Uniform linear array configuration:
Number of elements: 24
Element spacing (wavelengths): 1
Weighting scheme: cosine
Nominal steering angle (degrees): -30
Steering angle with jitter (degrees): -29.808
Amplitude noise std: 0.05
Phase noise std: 0.05

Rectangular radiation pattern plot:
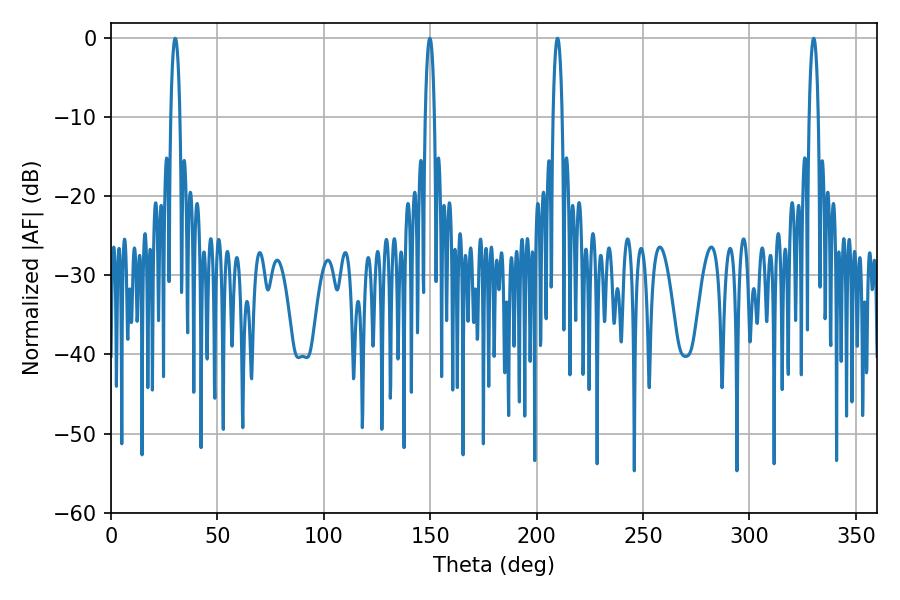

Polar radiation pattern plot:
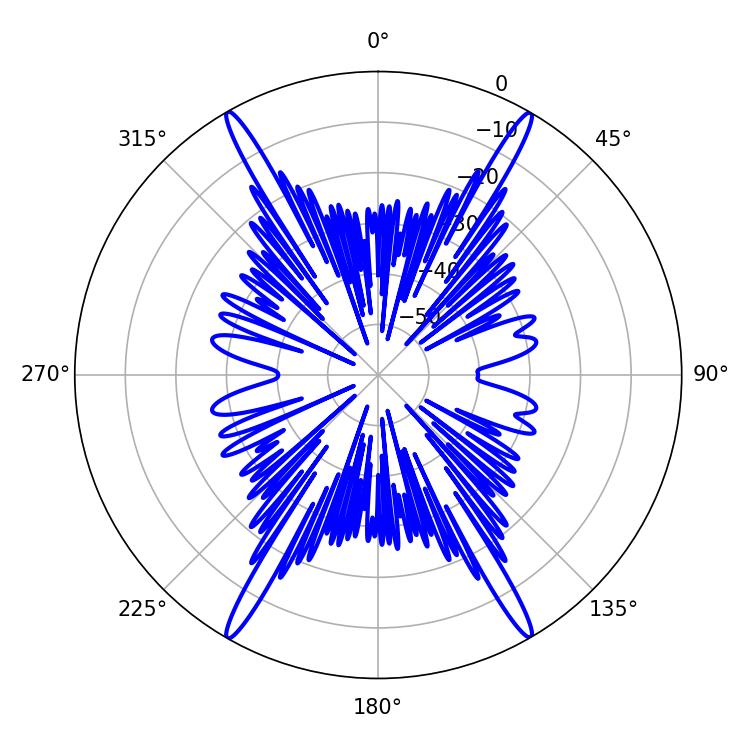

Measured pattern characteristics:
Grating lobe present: TRUE
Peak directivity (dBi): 36.125
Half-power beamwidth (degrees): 2.34
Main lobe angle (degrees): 30.24